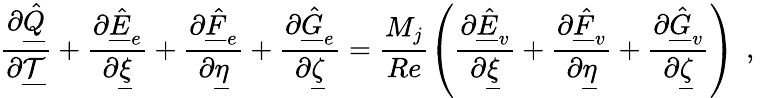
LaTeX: \frac{\partial\underline{{\hat{Q}}}}{\partial\underline{{\mathcal{T}}}}+\frac{\partial\underline{{\hat{E}}}_{e}}{\partial\underline{{\xi}}}+\frac{\partial\underline{{\hat{F}}}_{e}}{\partial\underline{{\eta}}}+\frac{\partial\underline{{\hat{G}}}_{e}}{\partial\underline{{\zeta}}}=\frac{M_{j}}{Re}\left(\frac{\partial\underline{{\hat{E}}}_{v}}{\partial\underline{{\xi}}}+\frac{\partial\underline{{\hat{F}}}_{v}}{\partial\underline{{\eta}}}+\frac{\partial\underline{{\hat{G}}}_{v}}{\partial\underline{{\zeta}}}\right)\, \mathrm{~,~}